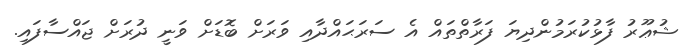
ޝުޢޫރު ފާޅުކުރަމުންދިޔަ ފަރާތްތައް އެ ސަރަޙައްދާއި ވަރަށް ބޮޑަށް ވަނީ ދުރަށް ޖައްސާފައި.